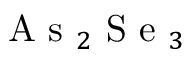
\mathrm { ~ A ~ s ~ } _ { 2 } \mathrm { ~ S ~ e ~ } _ { 3 }